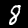
Label: 8